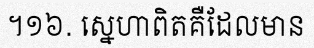
។១៦. ស្នេហាពិតគឺដែលមាន